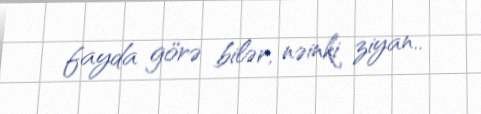
fayda görə bilər, nəinki ziyan..